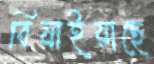
বিষাইয়াছে